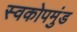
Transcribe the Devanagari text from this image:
स्वकोपमुंड